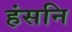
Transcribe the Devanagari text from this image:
हंसनि